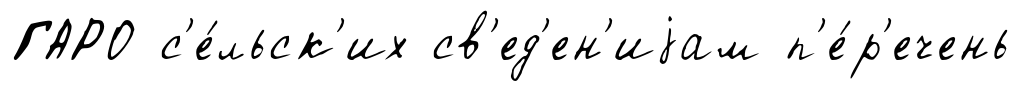
ГАРО с'е́льск'их св'ед'ен'иjам п'е́р'ечень